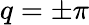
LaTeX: q=\pm\pi